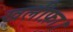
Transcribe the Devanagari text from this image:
खलीफ़ा।